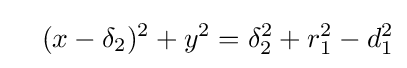
\ \ \ (x-\delta _{2})^{2}+y^{2}=\delta _{2}^{2}+r_{1}^{2}-d_{1}^{2}